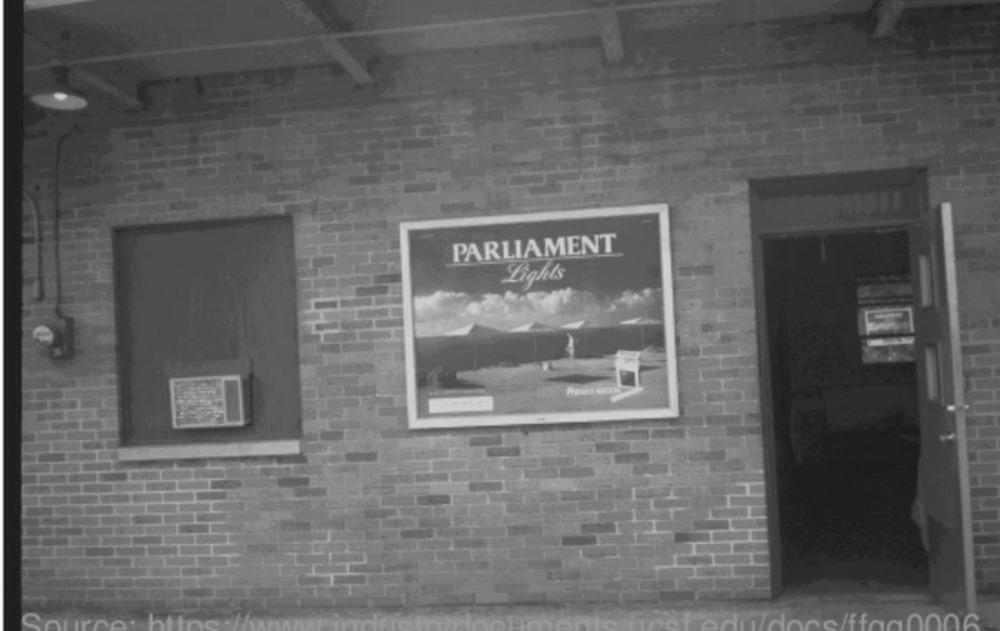
PARLIAMENT
Light's
Source: P